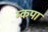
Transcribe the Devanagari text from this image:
म्कपा